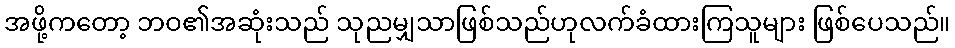
အဖို့ကတော့ ဘဝ၏အဆုံးသည် သုညမျှသာဖြစ်သည်ဟုလက်ခံထားကြသူများ ဖြစ်ပေသည်။